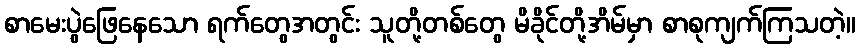
စာမေးပွဲဖြေနေသော ရက်တွေအတွင်း သူတို့တစ်တွေ မိခိုင်တို့အိမ်မှာ စာစုကျက်ကြသတဲ့။